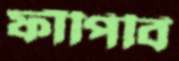
ফাঁপিবি